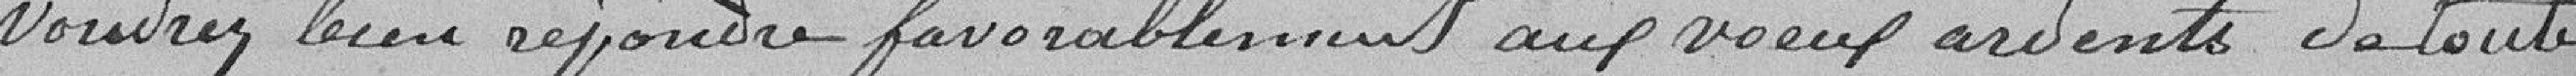
voudrez bien répondre favorablement aux vœux ardents de toute